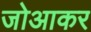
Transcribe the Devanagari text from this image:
जोआकर